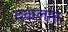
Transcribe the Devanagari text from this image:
दवालात